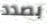
بصدد